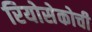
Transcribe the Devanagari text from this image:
रियोसेकोची